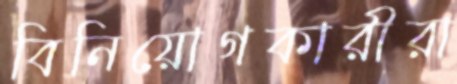
বিনিয়োগকারীরা